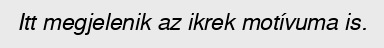
Itt megjelenik az ikrek motívuma is.